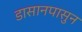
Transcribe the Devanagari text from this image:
डासानपासुन